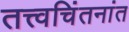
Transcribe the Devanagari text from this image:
तत्त्वचिंतनांत